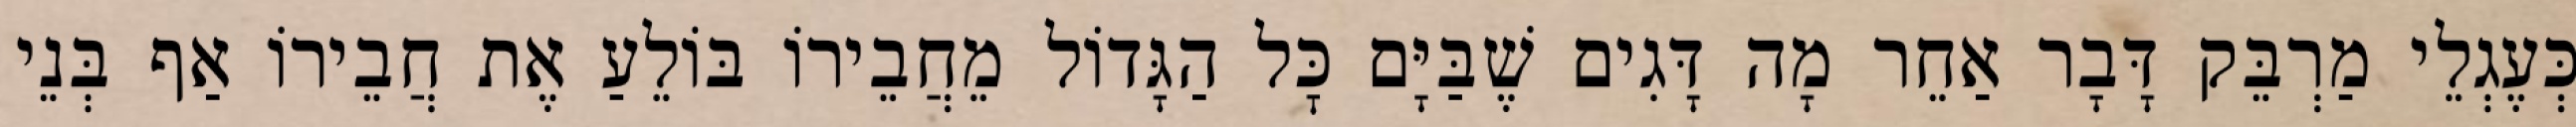
כְּעֶגְלֵי מַרְבֵּק דָּבָר אַחֵר מָה דָּגִים שֶׁבַּיָּם כׇּל הַגָּדוֹל מֵחֲבֵירוֹ בּוֹלֵעַ אֶת חֲבֵירוֹ אַף בְּנֵי